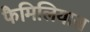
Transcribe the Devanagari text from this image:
फैमिलियास